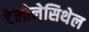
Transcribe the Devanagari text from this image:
टेलोलेसिथेल